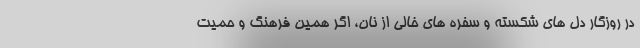
در روزگار دل های شکسته و سفره های خالی از نان، اگر همین فرهنگ و حمیت